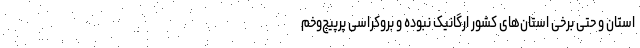
استان و حتی برخی استان‌های کشور ارگانیک نبوده و بروکراسی پرپیچ‌وخم